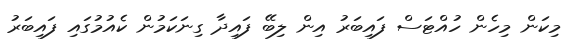
މިކަން މިހެން ހުއްޓަސް ފައިބަރު އިން ލިބޭ ފައިދާ ގިނަކަމުން ކެއުމުގައި ފައިބަރު